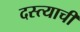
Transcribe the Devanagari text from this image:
दस्त्याची